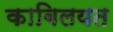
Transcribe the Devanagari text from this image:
काबिलयत